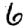
Digit: 6